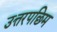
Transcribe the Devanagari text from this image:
उत्तरपछिम